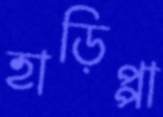
হাড়িপ্পা